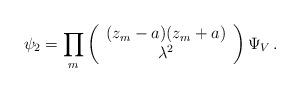
LaTeX: \begin{align*}\psi_2 = \prod_m \left( \begin{array}{c} (z_m-a) (z_m+a) \\ \lambda^2 \end{array}\right) \Psi_V\,.\end{align*}